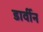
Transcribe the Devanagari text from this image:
डार्वीन